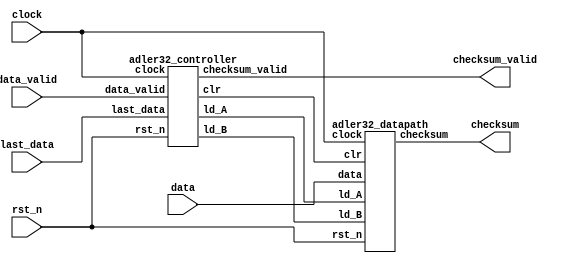
module adler32 (
  input rst_n, clock,
  input data_valid,
  input [7:0] data,
  input last_data,
  output checksum_valid,
  output [31:0] checksum
);

  wire ld_A, ld_B, clr;

  // datapath and controller
  adler32_controller CTRL ( rst_n, clock, data_valid, last_data, ld_A, ld_B, clr, checksum_valid );  
  adler32_datapath DP ( rst_n, clock, data, checksum, ld_A, ld_B, clr );


endmodule

module adler32_controller (
  input rst_n, clock,
  input data_valid, last_data,
  output reg ld_A, ld_B, clr, checksum_valid
);

  localparam S0 = 0;  
  localparam S1 = 1; 
  localparam S2 = 2;  
  localparam S3 = 3; 
  localparam S4 = 4;

  reg [1:0] cstate, nstate;

  always @( posedge clock )
    if( !rst_n )
      cstate <= S0;
    else
      cstate <= nstate;
  
  always @*
    case( cstate )
      S0 : begin
        if( !data_valid ) begin
          { checksum_valid, ld_A, ld_B, clr } = 4'b0111;
          nstate = S0;   
	end
        else begin
          { checksum_valid, ld_A, ld_B, clr } = 4'b0000;
          nstate = S1;   
        end     
      end
      
      S1 : begin
        if( data_valid ) begin
	  if ( !last_data ) begin
            { checksum_valid, ld_A, ld_B, clr } = 4'b0000;
            nstate = S1;   
          end
          else begin 
            { checksum_valid, ld_A, ld_B, clr } = 4'b1000;
            nstate = S2;   
          end     
        end
	else begin
            { checksum_valid, ld_A, ld_B, clr } = 4'b0110;
            nstate = S3;             
	end
      end

      S2 : begin
        if( !last_data ) begin
          { checksum_valid, ld_A, ld_B, clr } = 4'b1110;
          nstate = S0;   
	end
        else begin
          { checksum_valid, ld_A, ld_B, clr } = 4'b1110;
          nstate = S2;   
        end   
      end

      S3 : begin
        if( !data_valid ) begin
          { checksum_valid, ld_A, ld_B, clr } = 4'b0110;
          nstate = S3;   
	end
        else begin
          if( !last_data ) begin
            { checksum_valid, ld_A, ld_B, clr } = 4'b0000;
            nstate = S1;   
	  end
          else begin
            { checksum_valid, ld_A, ld_B, clr } = 4'b0000;
            nstate = S2;   
	  end
        end   
      end
    endcase

endmodule

module adler32_datapath (
  input  rst_n, clock,
  input  [ 7:0] data,
  output [31:0] checksum,

  input ld_A, ld_B, clr
);

  reg  [15:0] A, B;
  wire [15:0] modulo_add_A, modulo_add_B;

  // checksum output
  assign checksum = { B, A };

  // checksum calculations
  addition_modulo sum_A (
    A, {8'h00, data}, modulo_add_A );

  addition_modulo sum_B (
    B, modulo_add_A, modulo_add_B );

  // A register
  always @( posedge clock )
    if( !rst_n )
      A <= 1;
    else
      if( clr )
	A <= 1;
      else 
	if( ld_A )
	  A <= A;  
        else
	  A <= modulo_add_A;

  // B register
  always @( posedge clock )
    if( !rst_n )
      B <= 0;
    else
      if( clr )
	B <= 0;
      else 
	if( ld_B )
	  B <= B;  
        else
	  B <= modulo_add_B;

endmodule

module addition_modulo(
  input  [15:0] a, b,
  output [15:0] val
);
 
  wire [15:0] sum = ( a + b );
  
  assign val = (sum < 65521) ? sum : ( sum - 65521 );

endmodule